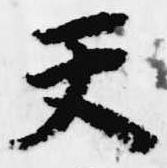
天